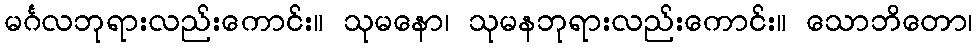
မင်္ဂလဘုရားလည်းကောင်း။ သုမနော၊ သုမနဘုရားလည်းကောင်း။ သောဘိတော၊